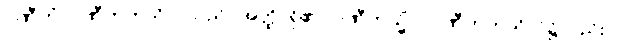
ပဏီတံ၊ ပဏီတကုသိုလ်သည်။ အတ္ထိ၊ ရှိ၏။ ပဏီတသ္မိံပိ၊ ပဏီတကုသိုလ်၌လည်း။